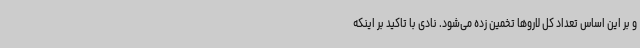
و بر این اساس تعداد کل لاروها تخمین زده می‌شود. نادی با تاکید بر اینکه